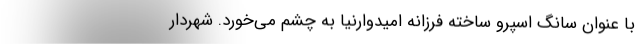
با عنوان سانگ اسپرو ساخته فرزانه امیدوارنیا به چشم می‌خورد. شهردار